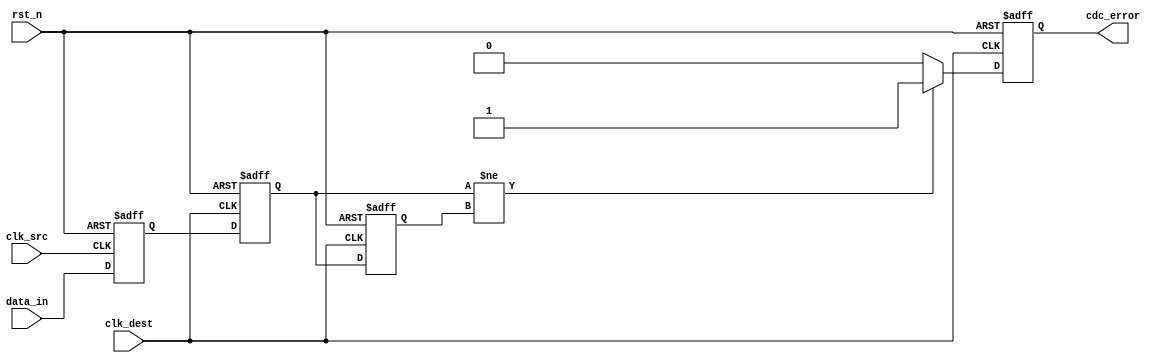
module cdc_detector #(
    parameter DATA_WIDTH = 8 // Parameter for data input width
)(
    input  wire [DATA_WIDTH-1:0] data_in,     // Input data signal
    input  wire clk_src,                       // Source clock
    input  wire clk_dest,                      // Destination clock
    input  wire rst_n,                         // Asynchronous reset (active low)
    output reg  cdc_error                      // CDC error flag
);

    // Signals for synchronization
    reg [DATA_WIDTH-1:0] sync_data_1;
    reg [DATA_WIDTH-1:0] sync_data_2;

    // Reg for stored previous synchronized data to detect edges
    reg [DATA_WIDTH-1:0] prev_sync_data;

    // Synchronization logic
    always @(posedge clk_src or negedge rst_n) begin
        if (!rst_n) begin
            sync_data_1 <= 0;
        end else begin
            sync_data_1 <= data_in; // Capture data_in on clk_src
        end
    end

    always @(posedge clk_dest or negedge rst_n) begin
        if (!rst_n) begin
            sync_data_2 <= 0;
            cdc_error <= 0;
            prev_sync_data <= 0;
        end else begin
            sync_data_2 <= sync_data_1; // Transfer synchronized data to clk_dest
            
            // Edge detection logic
            if (sync_data_2 != prev_sync_data) begin
                cdc_error <= 1'b1; // Set error flag if change detected
            end else begin
                cdc_error <= 1'b0; // Clear error flag if no change
            end
            
            // Store the current synchronized data for the next comparison
            prev_sync_data <= sync_data_2;
        end
    end

endmodule